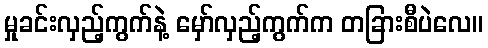
မှုခင်းလှည့်ကွက်နဲ့ မှော်လှည့်ကွက်က တခြားစီပဲလေ။